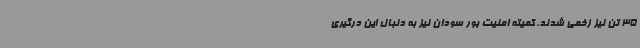
35 تن نیز زخمی شدند. کمیته امنیت بور سودان نیز به دنبال این درگیری